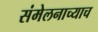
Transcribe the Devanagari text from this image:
संमेलनाच्याच